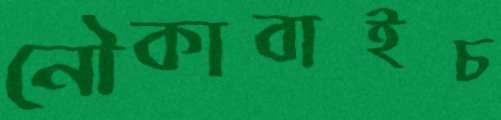
নৌকাবাইচ